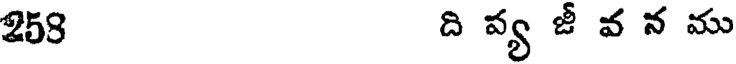
258 ది వ్య జీ వ న ము